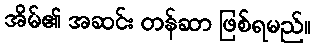
အိမ်၏ အဆင်း တန်ဆာ ဖြစ်ရမည်။